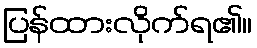
ပြန်ထားလိုက်ရ၏။